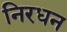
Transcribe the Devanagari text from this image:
निरधन